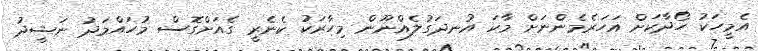
އެމީހަކު ހޯދާކަށް އަހަރެމެންނަށް މާކަ އުނދަގުލެއްނޫން މިހާރަކު ކެނެރީ ގެއަށްގޮސް މުހައްމަދު ނަޝީދު